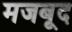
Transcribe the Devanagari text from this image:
मजबूद